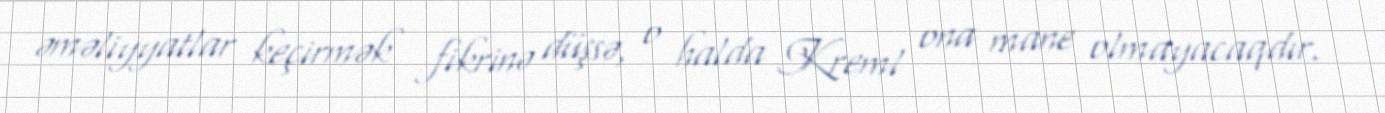
əməliyyatlar keçirmək fikrinə düşsə, o halda Kreml ona mane olmayacaqdır.